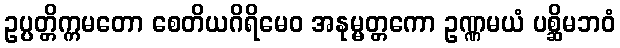
ဥပ္ပတ္တိက္ကမတော စေတိယဂိရိမေဝ အနုမ္မတ္တကော ဥဏ္ဏမယံ ပစ္ဆိမဘဝံ